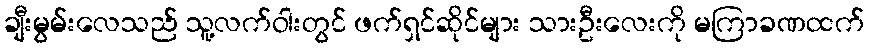
ချီးမွမ်းလေသည် သူ့လက်ဝါးတွင် ဖက်ရှင်ဆိုင်များ သားဦးလေးကို မကြာခဏထက်